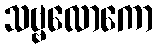
သဗ္ဗလောကော